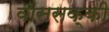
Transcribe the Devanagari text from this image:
वाससक्की